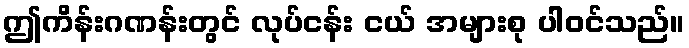
ဤကိန်းဂဏန်းတွင် လုပ်ငန်း ငယ် အများစု ပါဝင်သည်။